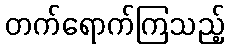
တက်ရောက်ကြသည့်